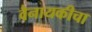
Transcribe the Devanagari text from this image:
वैनायकीचा